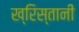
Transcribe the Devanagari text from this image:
ख्रिस्तानी